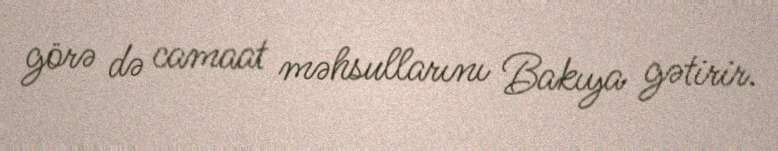
görə də camaat məhsullarını Bakıya gətirir.